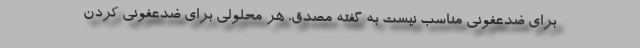
برای ضدعفونی مناسب نیست به گفته مصدق، هر محلولی برای ضدعفونی کردن